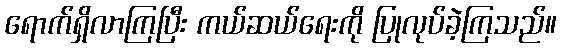
ရောက်ရှိလာကြပြီး ကယ်ဆယ်ရေးကို ပြုလုပ်ခဲ့ကြသည်။